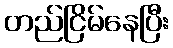
တည်ငြိမ်နေပြီး